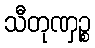
သီတုဏှဉ္စ